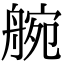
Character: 䑱